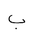
Letter: _ba